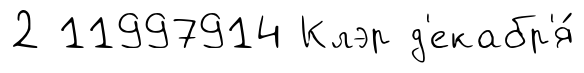
2 11997914 Клэр д'екабр'я́